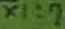
Text: X1:7